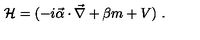
{ \cal H } = ( - i \vec { \alpha } \cdot \vec { \nabla } + \beta m + V ) \ .